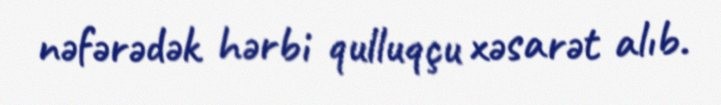
nəfərədək hərbi qulluqçu xəsarət alıb.